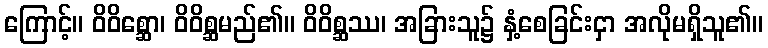
ကြောင့်။ ဝိဝိစ္ဆော၊ ဝိဝိစ္ဆမည်၏။ ဝိဝိစ္ဆဿ၊ အခြားသူ၌ နှံ့စေခြင်းငှာ အလိုမရှိသူ၏။